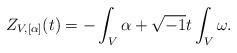
LaTeX: \begin{align*}Z_{V,[\alpha]}(t) = -\int_{V}\alpha+\sqrt{-1}t\int_{V}\omega.\end{align*}